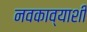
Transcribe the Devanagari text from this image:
नवकाव्याशी